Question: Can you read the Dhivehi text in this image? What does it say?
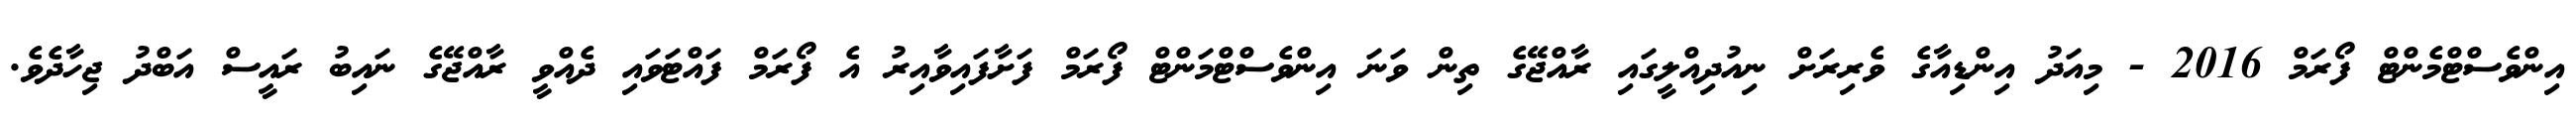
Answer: އިންވެސްޓްމެންޓް ފޯރަމް 2016 - މިއަދު އިންޑިއާގެ ވެރިރަށް ނިއުދިއްލީގައި ރާއްޖޭގެ ތިން ވަނަ އިންވެސްޓްމަންޓް ފޯރަމް ފަށާފައިވާއިރު އެ ފޯރަމް ފައްޓަވައި ދެއްވީ ރާއްޖޭގެ ނައިބު ރައީސް އަބްދު ޖިހާދެވެ.